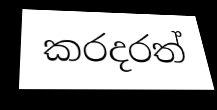
කරදරත්